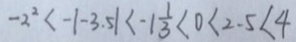
- 2 ^ { 2 } < - \vert - 3 . 5 \vert < - 1 \frac { 1 } { 3 } < 0 < 2 . 5 < 4